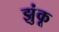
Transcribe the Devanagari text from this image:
झुंकू